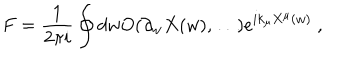
F = \frac { 1 } { 2 \pi i } \oint d w O ( \partial _ { w } X ( w ) , \dots ) e ^ { i k _ { \mu } X ^ { \mu } ( w ) } \ ,